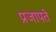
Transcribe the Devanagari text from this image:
प्रजापते